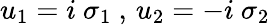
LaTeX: u_{1}=i\ \sigma_{1}~,\, u_{2}=-i\ \sigma_{2}